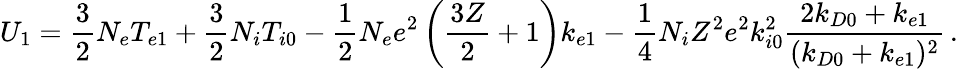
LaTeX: U_{1}=\frac{3}{2}N_{e}T_{e1}+\frac{3}{2}N_{i}T_{i0}-\frac{1}{2}N_{e}e^{2}\left(\frac{3Z}{2}+1\right)k_{e1}-\frac{1}{4}N_{i}Z^{2}e^{2}k_{i0}^{2}\frac{2k_{D0}+k_{e1}}{(k_{D0}+k_{e1})^{2}}\, .